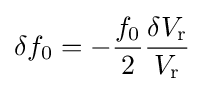
\delta f_{0}=-{\frac {f_{0}}{2}}{\frac {\delta V_{\mathrm {r} }}{V_{\mathrm {r} }}}